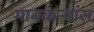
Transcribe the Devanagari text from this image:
गावकऱ्यांस